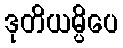
ဒုတိယမ္ပိပေ